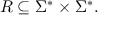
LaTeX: R \subseteq \Sigma ^ { * } \times \Sigma ^ { * } .